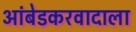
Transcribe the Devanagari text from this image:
आंबेडकरवादाला